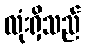
လုံးရှိသည်